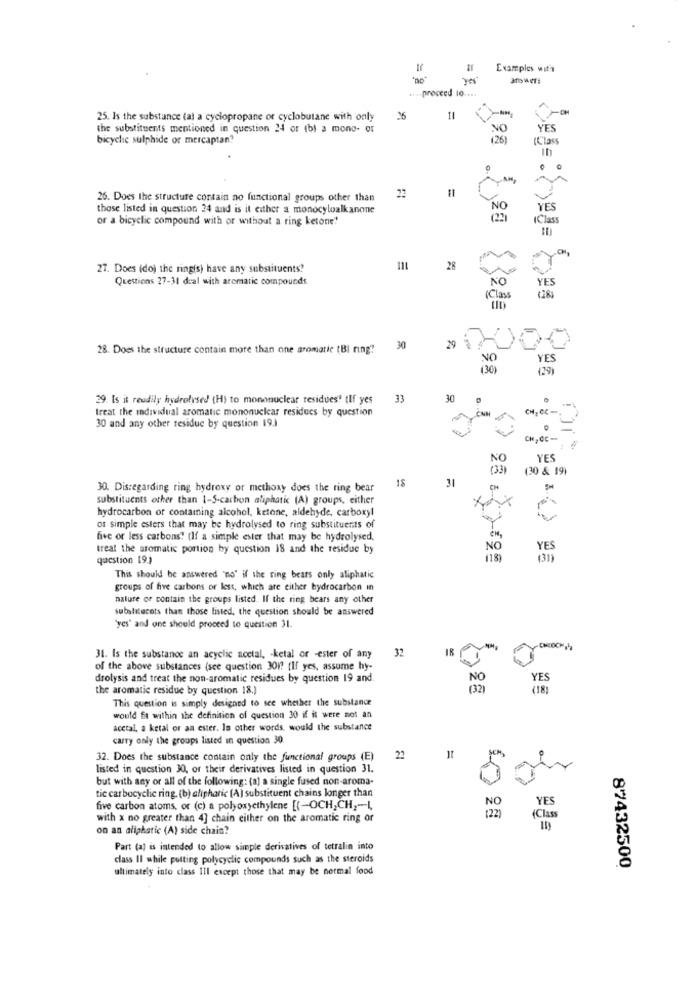
Examples wit's
aTowers
.. proceed 10 ....
25. Is the substance tal a cyclopropane or cyclobutane with only
26
11
the substituents mentioned in question 24 or (b) a mono- or
NO
YES
bicyclic sulphide or mercaptan?
26. Does the structure contain no functional groups other than
those listed in question 24 and is it either a monocyloalkanone
NO
YES
or a bicyclic compound with or without a ring ketone!
IClass
=
CH.
27. Does (do) the ringis) have any substituents?
28
Questions 27-31 deal with aromatic compounds.
NO
YES
(Class
28. Does the structure contain more than one aromatic (BI ring"
30
29
NO
YES
29. Is it readily hydrolysed (H) to mononuclear residues' {If yes
33
30
treat the individual aromatic mononuclear residues by question
CN Cc:
30 and any other residue by question 19.1
CH, CC-
YES
(30 & 19)
18
31
30. Disregarding ring hydroxy or methoxy does the ring bear
substituents other than 1-S-carbon aliphatic (A) groups, either
hydrocarbon or contaming alcohol, ketone, aldehyde, carboxyl
23 677
or simple esters that may be hydrolysed to ring substituents of
five or less carbons? (If a simple ester that may be hydrolysed,
treat the aromatic portion by question 18 and the residue by
NO
question 19.3
(18)
This should be answered "no' if the ring bears only aliphatic
groups of five carbons or less, which are either hydrocarbon in
nature or contain the groups listed. If the ring bears any other
subelitecats than those listed, the question should be answered
"yes" and one should proceed to question 31.
32
18
-
31. Is the substance an acyclic acetal, - ketal or -ester of any
of the above substances (see question 301? [If yes, assume hy-
drolysis and treat the non-aromatic residues by question 19 and.
NO
the aromatic residue by question 18.)
(32)
This question is simply designed to see whether the substance
would fit within the definition of question 30 if it were not an
acetal, a ketal or aa ester. In other words, would the substance
carry only the groups listed in question 30.
32. Does the substance contain only the functional groups (E)
22
SCH
listed in question 30, or their derivatives listed in question 31.
but with any or all of the following: (a] a single fused non-aroma-
tic carbocyclic ring. (b) alipharic (A) substituent chains longer than
YES
five carbon atoms, or (c) a polyoxyethylene [{-OCH, CH ,- 4,
with x no greater than 4] chain either on the aromatic ring or
(Class
on an aliphatic (A) side chain?
Part (a) is intended to allow simple derivatives of tetralin into
class Il while putting polycyclic compounds such as the steroids
ultimately into class Ill except those that may be normal food
87432500